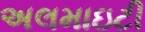
અલમાઇટી